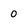
Character: 0